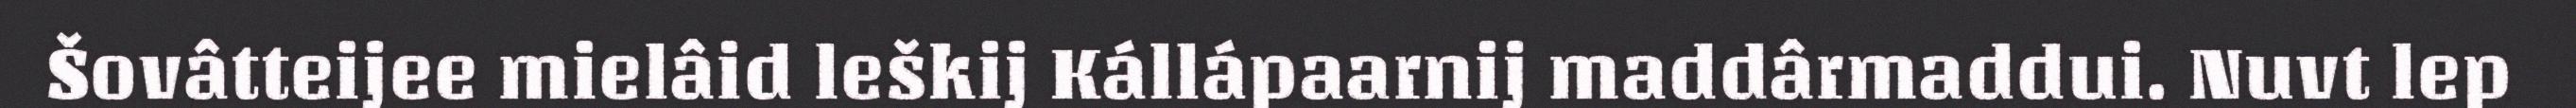
Šovâtteijee mielâid leškij Kállápaarnij maddârmaddui. Nuvt lep